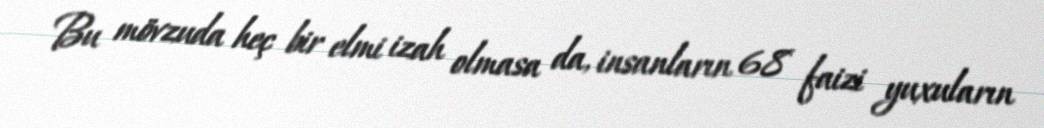
Bu mövzuda heç bir elmi izah olmasa da, insanların 68 faizi yuxuların